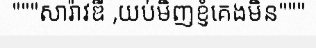
"""សារ៉ាវឌី ,យប់មិញខ្ញំគេងមិន"""